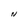
Character: N